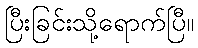
ပြီးခြင်းသို့ရောက်ပြီ။